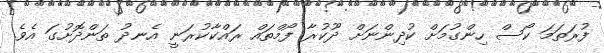
ފުރަތަމަ ކޯސް ހިންގުމަށް ކުދިންނަށް ދޫކުރާ ފޯމްތައް ރައްކާކުރަނީ އެނދު ތަންދޮށުގަ އެވެ.